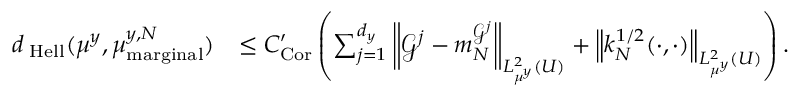
\begin{array} { r l } { d _ { \mathrm { \tiny \mathrm { ~ H e l l } } } ( \mu ^ { y } , \mu _ { \mathrm { m a r g i n a l } } ^ { y , N } ) } & { \leq C _ { \mathrm { C o r } } ^ { \prime } \left( \sum _ { j = 1 } ^ { d _ { y } } \left\| \mathcal G ^ { j } - m _ { N } ^ { \mathcal G ^ { j } } \right\| _ { L _ { \mu ^ { y } } ^ { 2 } ( U ) } + \left\| k _ { N } ^ { 1 / 2 } ( \cdot , \cdot ) \right\| _ { L _ { \mu ^ { y } } ^ { 2 } ( U ) } \right) . } \end{array}